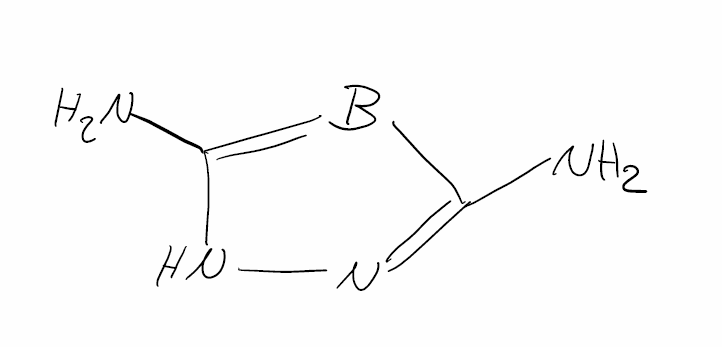
Simplified molecular-input line-entry system (SMILES) notation of the given molecule:
B1=C(NN=C1N)N